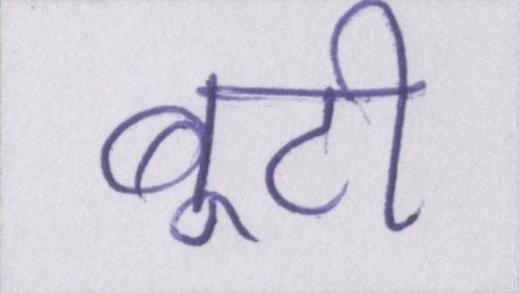
बूटी